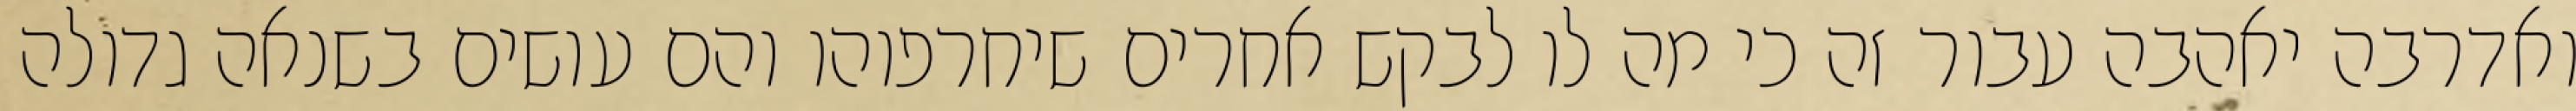
ואדרבה יאהבה עבור זה כי מה לו לבקש אחרים שיחרפוהו והם עושים בשנאה גדולה